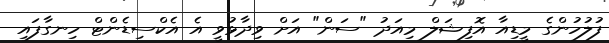
ފުލުހުންގެ މީޑިއާ އޮފިޝަލް މިއަދު "ސަން" އަށް ވިދާޅުވީ އެ އެކްސިޑެންޓް ހިނގާފައި